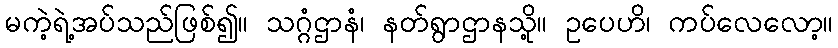
မကဲ့ရဲ့အပ်သည်ဖြစ်၍။ သဂ္ဂံဌာနံ၊ နတ်ရွာဌာနသို့။ ဥပေဟိ၊ ကပ်လေလော့။